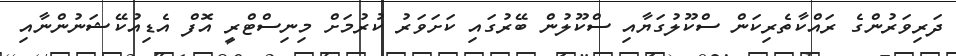
ދަރިވަރުންގެ ރައްކާތެރިކަން ސްކޫލުގަޔާއި ސްކޫލުން ބޭރުގައި ކަށަވަރު ކުރުމަށް މިނިސްޓްރީ އޮފް އެޑިއުކޭޝަނުންނާއި